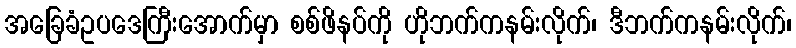
အခြေခံဥပဒေကြီးအောက်မှာ စစ်ဖိနပ်ကို ဟိုဘက်ကနမ်းလိုက်၊ ဒီဘက်ကနမ်းလိုက်၊